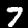
Label: 7